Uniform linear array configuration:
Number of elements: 16
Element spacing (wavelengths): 0.25
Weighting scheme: binomial
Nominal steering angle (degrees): -60
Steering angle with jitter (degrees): -60.56
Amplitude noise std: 0.05
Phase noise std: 0.05

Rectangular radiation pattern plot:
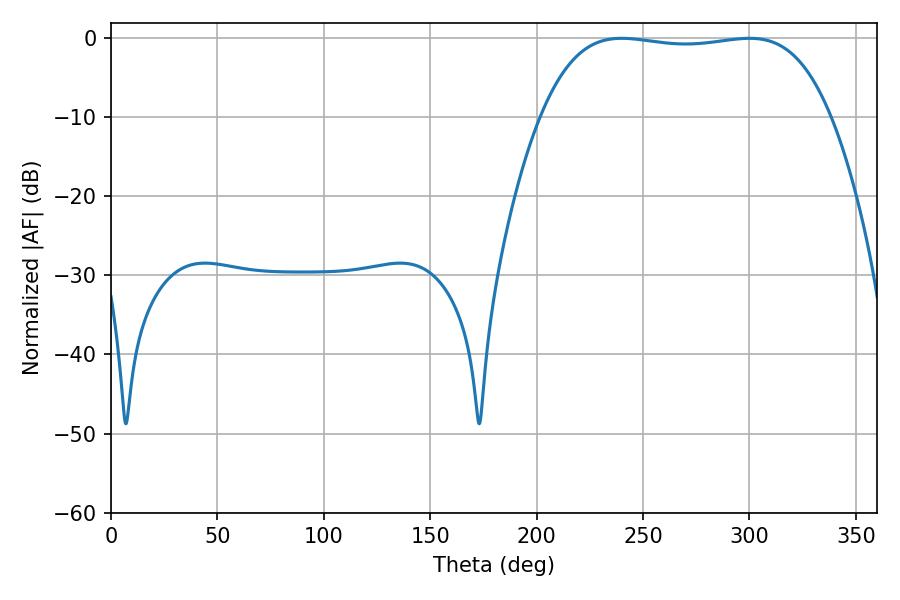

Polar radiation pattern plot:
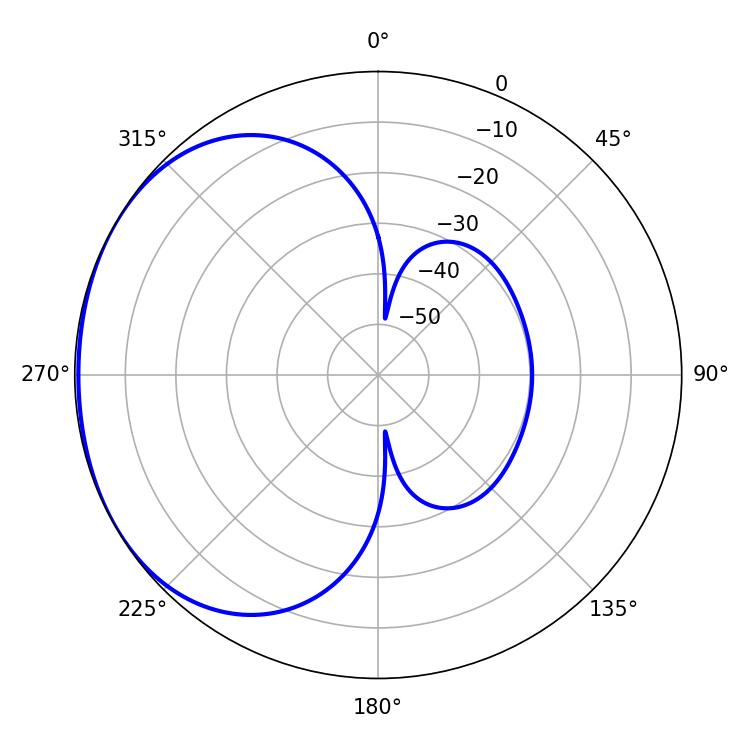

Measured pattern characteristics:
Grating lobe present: FALSE
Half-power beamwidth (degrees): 107.28
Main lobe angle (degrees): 239.94